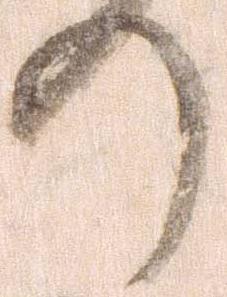
の